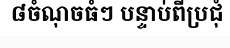
៨ចំណុចធំៗ បន្ទាប់ពីប្រជុំ